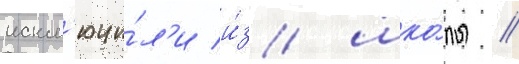
искл'ючи́л'и и́з шко́лы //